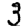
Digit: 3